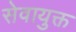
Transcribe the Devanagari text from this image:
सेवायुक्त